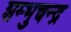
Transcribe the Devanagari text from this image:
शम्भुचन्द्र